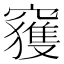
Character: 𥨦